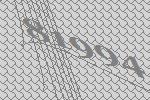
81994